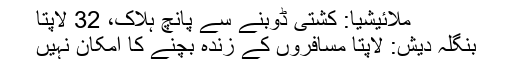
ملائیشیا: کشتی ڈوبنے سے پانچ ہلاک، 32 لاپتا
بنگلہ دیش: لاپتا مسافروں کے زندہ بچنے کا امکان نہیں